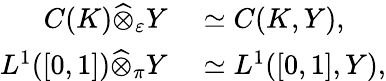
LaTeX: \begin{array}{rl}{C(K){\widehat{\otimes}}_{\varepsilon}Y}&{{}\simeq C(K,Y),}\\ {L^{1}([0,1]){\widehat{\otimes}}_{\pi}Y}&{{}\simeq L^{1}([0,1],Y),}\end{array}